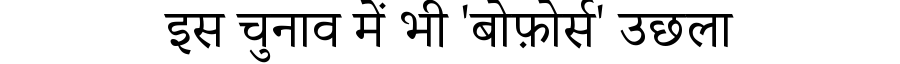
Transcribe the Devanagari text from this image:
इस चुनाव में भी 'बोफ़ोर्स' उछला